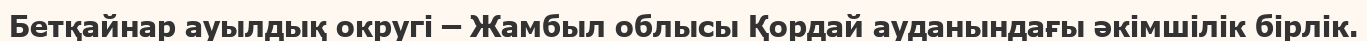
Бетқайнар ауылдық округі – Жамбыл облысы Қордай ауданындағы әкімшілік бірлік.